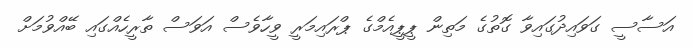
އަސާސީ ގަވައިދުގައިވާ ގޮތުގެ މަތިން ޕީޕީއެމްގެ ޕްރައިމަރީ ވީހާވެސް އަވަސް ތާރީހެއްގައި ބޭއްވުމަށް